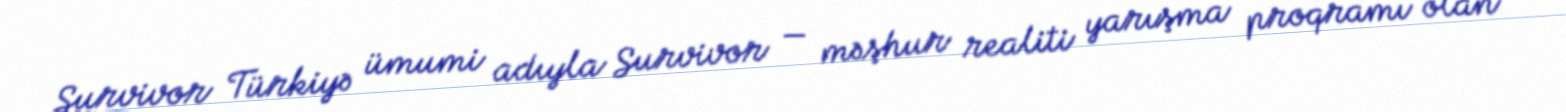
Survivor Türkiyə ümumi adıyla Survivor — məşhur realiti yarışma proqramı olan